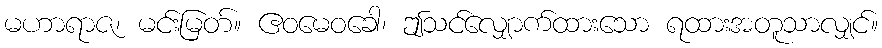
မဟာရာဇ၊ မင်းမြတ်။ ဧဝမေဝခေါ၊ ဤသင်လျှောက်ထားသော ရထားအတူသာလျှင်။